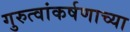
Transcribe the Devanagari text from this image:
गुरुत्वांकर्षणाच्या